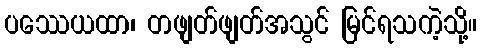
ပဿေယထာ၊ တဖျတ်ဖျတ်အသွင် မြင်ရသကဲ့သို့။